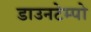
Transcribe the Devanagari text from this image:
डाउनटेम्पो